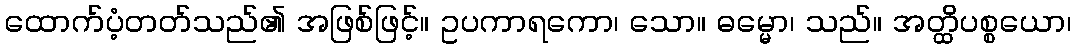
ထောက်ပံ့တတ်သည်၏ အဖြစ်ဖြင့်။ ဥပကာရကော၊ သော။ ဓမ္မော၊ သည်။ အတ္ထိပစ္စယော၊